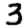
Digit: 3